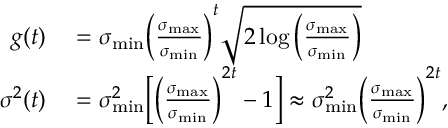
\begin{array} { r l } { g ( t ) } & { { } = \sigma _ { \mathrm { m i n } } \bigg ( \frac { \sigma _ { \mathrm { m a x } } } { \sigma _ { \mathrm { m i n } } } \bigg ) ^ { t } \sqrt { 2 \log { \bigg ( \frac { \sigma _ { \mathrm { m a x } } } { \sigma _ { \mathrm { m i n } } } \bigg ) } } } \\ { \sigma ^ { 2 } ( t ) } & { { } = \sigma _ { \mathrm { m i n } } ^ { 2 } \bigg [ \bigg ( \frac { \sigma _ { \mathrm { m a x } } } { \sigma _ { \mathrm { m i n } } } \bigg ) ^ { 2 t } - 1 \bigg ] \approx \sigma _ { \mathrm { m i n } } ^ { 2 } \bigg ( \frac { \sigma _ { \mathrm { m a x } } } { \sigma _ { \mathrm { m i n } } } \bigg ) ^ { 2 t } , } \end{array}